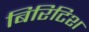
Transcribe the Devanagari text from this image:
बिरिटिश